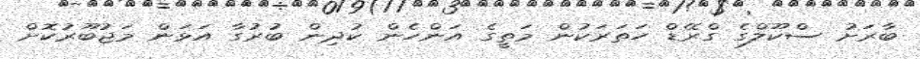
ބާރަށު ސްކޫލްގެ ގްރޭޑް ހަތަރަކުން މަތީގެ އަންހެން ކުދިން ބުރުގާ އަޅަން މަޖުބޫރުކޮށް